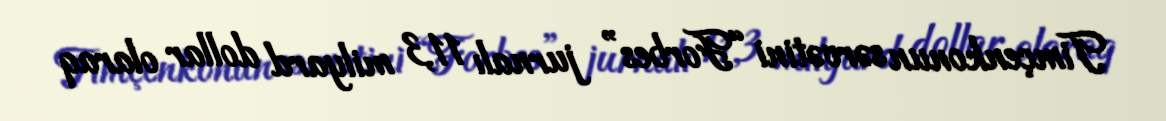
Timçenkonun sərvətini “Forbes” jurnalı 11,3 milyard dollar olaraq